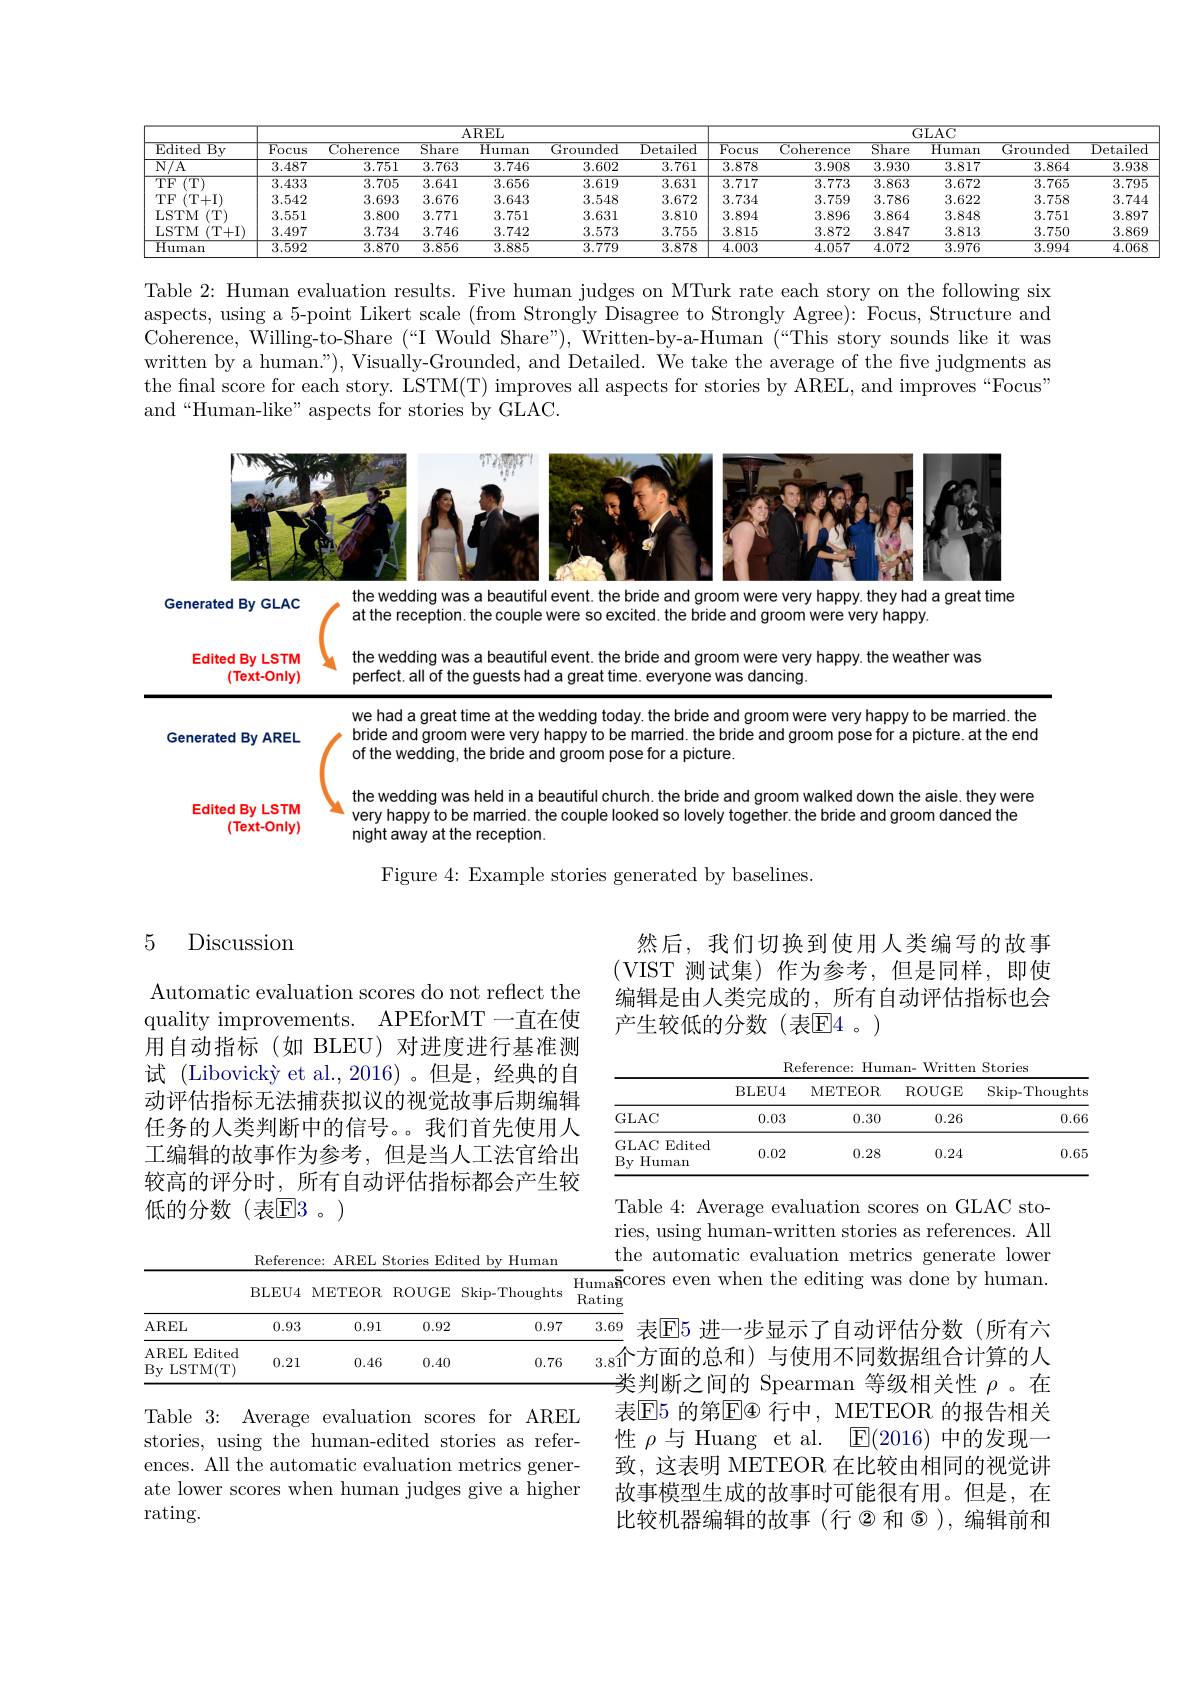
<table>
	<tbody>
		<tr>
			<th rowspan="2">Edited $By$ 1 </th>
			<th colspan="6">AREL</th>
			<th> </th>
			<th colspan="4">GLAC</th>
		</tr>
		<tr>
			<th>$\overline{\mathrm{Focus}}$</th>
			<th>${\mathrm{Coherence}}$</th>
			<th>$\overline{\text{Share}}$</th>
			<th>$\operatorname{Human}$</th>
			<th>Grounded</th>
			<th>Detailed</th>
			<th>$\overline{\text{Focus}}$</th>
			<th>$\operatorname{Coherence}$</th>
			<th>$\overline{\text{Share}}$</th>
			<th>$\overline{{\mathrm{Human}}}$</th>
			<th>Grounded</th>
		</tr>
		<tr>
			<td>N/ A</td>
			<td>3.487</td>
			<td>3.751</td>
			<td>3.763</td>
			<td>3.746</td>
			<td>3.602</td>
			<td>3.761</td>
			<td>3.878</td>
			<td>3.908</td>
			<td>3.930</td>
			<td>3.817</td>
			<td>3.864</td>
		</tr>
		<tr>
			<td>TF $\overline{(T)}$</td>
			<td>3.433</td>
			<td>3.705</td>
			<td>3.641</td>
			<td>3.656</td>
			<td>3.619</td>
			<td>3.631</td>
			<td>3.717</td>
			<td>3.773</td>
			<td>3.863</td>
			<td>3.672</td>
			<td>3.765</td>
		</tr>
		<tr>
			<td>$TF$ (T+I)</td>
			<td>3.542</td>
			<td>3.693</td>
			<td>3.676</td>
			<td>3.643</td>
			<td>3.548</td>
			<td>3.672</td>
			<td>3.734</td>
			<td>3.759</td>
			<td>3.786</td>
			<td>3.622</td>
			<td>3.758</td>
		</tr>
		<tr>
			<td>LSTM (T)</td>
			<td>3.551</td>
			<td>3.800</td>
			<td>3.771</td>
			<td>3.751</td>
			<td>3.631</td>
			<td>3.810</td>
			<td>3.894</td>
			<td>3.896</td>
			<td>3.864</td>
			<td>3.848</td>
			<td>3.751</td>
		</tr>
		<tr>
			<td>LSTM (T+ I)</td>
			<td>3.497</td>
			<td>3.734</td>
			<td>3.746</td>
			<td>3.742</td>
			<td>3.573</td>
			<td>3.755</td>
			<td>3.815</td>
			<td>3.872</td>
			<td>3.847</td>
			<td>3.813</td>
			<td>3.750</td>
		</tr>
		<tr>
			<td>Human</td>
			<td>3.592</td>
			<td>3.870</td>
			<td>3.856</td>
			<td>3.885</td>
			<td>3.779</td>
			<td>3.878</td>
			<td>4.003</td>
			<td>4.057</td>
			<td>4.072</td>
			<td>3.976</td>
			<td>3.994</td>
		</tr>
	</tbody>
</table>

Table 2: Human evaluation results. Five human judges on MTurk rate each story on the following six aspects, using a 5-point Likert scale (from Strongly Disagree to Strongly Agree): Focus, Structure and Coherence, Willing-to-Share (“I Would Share”), Written-by-a-Human (“This story sounds like it was written by'a human"), Visually-Grounded, and Detailed. We take the average of the five judgments as the final score for each story. LSTM(T) improves all aspects for stories by AREL, and improves “Focus” and“Human-like” aspects for stories by GLAC.

<FigureHere>
the wedding was a beautiful event. the bride and groom were very happy. they had a great time

Generated By GLAC

at the reception. the couple were so excited. the bride and groom were very happy.

the wedding was a beautiful event. the bride and groom were very happy. the weather was

Edited By LSTM

(Text-Only)

perfect.all of the guests had a great time. everyone was dancing.

we had a great time at the wedding today. the bride and groom were very happy to be married. the bride and groom were very happy to be married. the bride and groom pose for a picture. at the end of the wedding, the bride and groom pose for a picture.

Generated By AREL

the wedding was held in a beautiful church. the bride and groom walked down the aisle. they were
Edited By LSTM
very happy to be married. the couple looked so lovely together.the bride and groom danced the
(Text-Only)
night away at the reception.
Figure 4: Example stories generated by baselines.

$\overline{\text{Detailed}}$

$\underline{\overline{3.938}}$

$\overline{3.795}$

3.744

3.897

3.869

$\overline{4.068}$

# 5 Discussion

Automatic evaluation scores do not reflect the quality improvements. APEforMT 一直在使用自动指标(如 BLEU)对进度进行基准测试 (Libovický et al.,2016)。但是，经典的自动评估指标无法捕获拟议的视觉故事后期编辑任务的人类判断中的信号。。我们首先使用人工编辑的故事作为参考，但是当人工法官给出较高的评分时，所有自动评估指标都会产生较低的分数(表$\overline{\mathrm{E}}$3。)

Reference: AREL Stories Edited by Human

<table>
	<tbody>
		<tr>
			<th>AREL</th>
			<th>0.93</th>
			<th>0.91</th>
			<th>0.92</th>
			<th>0.97</th>
			<th>3.65</th>
		</tr>
		<tr>
			<td>AREL Edited $By$ LSTM( T) </td>
			<td>0.21</td>
			<td>0.46</td>
			<td>0.40</td>
			<td>0.76</td>
			<td>3.81</td>
		</tr>
	</tbody>
</table>
$\overline{_{3.81}}$介方面的总和)与使用不同数据组合计算的人

Table 3: Average evaluation scores for AREL stories, using the human-edited stories as references. All the automatic evaluation metrics generate lower scores when human judges give a higher rating.

然后，我们切换到使用人类编写的故事(VIST 测试集)作为参考，但是同样，即使编辑是由人类完成的，所有自动评估指标也会产生较低的分数(表E4 。)

Reference: Human- Written Stories
<table>
	<tbody>
		<tr>
			<th> </th>
			<th>BLEU4</th>
			<th>METEOR</th>
			<th>ROUGE</th>
			<th>$\operatorname{Skip-Thoughts}$</th>
		</tr>
		<tr>
			<td>GLAC</td>
			<td>0.03</td>
			<td>0.30</td>
			<td>0.26</td>
			<td>0.66</td>
		</tr>
		<tr>
			<td>GLAC $\operatorname{Edited}$ $By$ Human -</td>
			<td>0.02</td>
			<td>0.28</td>
			<td>0.24</td>
			<td>0.65</td>
		</tr>
	</tbody>
</table>

Table 4: Average evaluation scores on GLAC stories, using human-written stories as references. All the automatic evaluation metrics generate lower

表$\mathbb{E}$5 进一步显示了自动评估分数(所有六类判断之间的 Spearman 等级相关性$\rho$。在表$\operatorname{E}$5 的第$\operatorname{E}$4 行中，METEOR 的报告相关性$\rho$与 Huang et al. $\mathbb{E} ( 2016)$中的发现一致，这表明 METEOR 在比较由相同的视觉讲故事模型生成的故事时可能很有用。但是，在比较机器编辑的故事(行$\textcircled{2}$ 和$\textcircled{5})$, 编辑前和